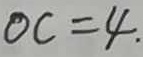
O C = 4 .